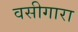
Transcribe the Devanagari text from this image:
वसीगारा